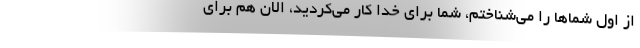
از اول شماها را می‌شناختم، شما برای خدا کار می‌کردید، الان هم برای